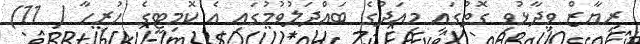
ރިޔާޒް ވިދާޅުވި ގޮތުގައި މިއަދުގެ ބައްދަލުވުމުގައި އެ ކޮމިޓީގެ ހުރިހާ ( 11)